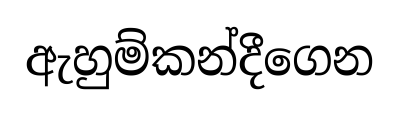
ඇහුම්කන්දීගෙන